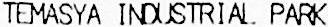
TEMASYA INDUSTRIAL PARK